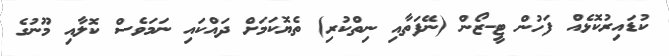
ކުޑައިރުކޮޅެއް ފަހުން ޓީ-ޒޯން (ނޭފަތާއި ނިތްކުރި) ތެޔޮކަމަށް ދައްކައި ނަމަވެސް ކޮލާއި މޫނުގެ